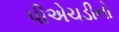
પીએચડીનો